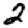
Digit: 2